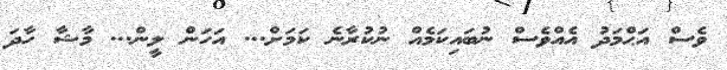
ވެސް އަޙްމަދު އެއްވެސް ނުބައިކަމެއް ނުކުރާނެ ކަމަށް... އަހަން ލީން... މާޝާ ހާދަ